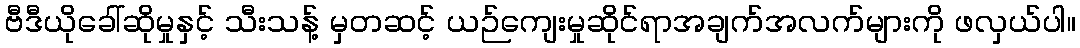
ဗီဒီယိုခေါ်ဆိုမှုနှင့် သီးသန့် မှတဆင့် ယဉ်ကျေးမှုဆိုင်ရာအချက်အလက်များကို ဖလှယ်ပါ။